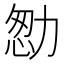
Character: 𠡻